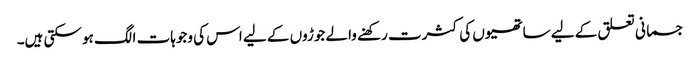
جسمانی تعلق کے لیے ساتھیوں کی کثرت رکھنے والے جوڑوں کے لیے اس کی وجوہات الگ ہو سکتی ہیں۔